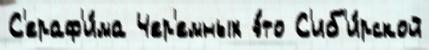
С'ераф'и́ма Чер'емных э́то С'иб'и́рской